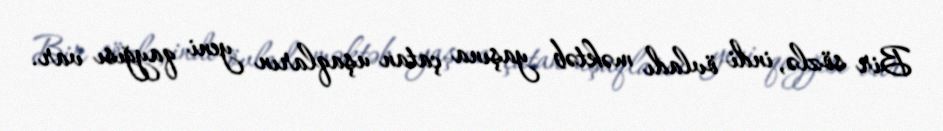
Bir sözlə, indi övladı məktəb yaşına çatan uşaqların yeni qayğısı var.